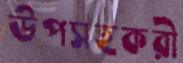
উপসহকরী